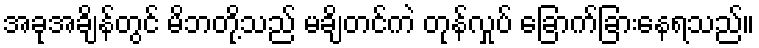
အခုအချိန်တွင် မိဘတို့သည် မချိတင်ကဲ တုန်လှုပ် ခြောက်ခြားနေရသည်။